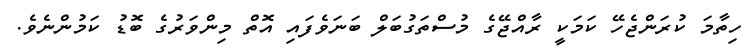
ހިތާމަ ކުރަންޖެހޭ ކަމަކީ ރާއްޖޭގެ މުސްތަގުބަލް ބަނަވެފައި އޮތް މިންވަރުގެ ބޮޑު ކަމުންނެވެ.